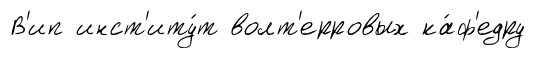
В'ип инст'иту́т волт'ерровых ка́ф'едру